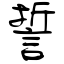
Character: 誓